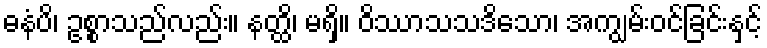
ဓနံပိ၊ ဥစ္စာသည်လည်း။ နတ္ထိ၊ မရှိ။ ဝိဿာသသဒိသော၊ အကျွမ်းဝင်ခြင်းနှင့်